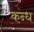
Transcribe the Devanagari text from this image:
कन्ध